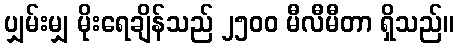
ပျှမ်းမျှ မိုးရေချိန်သည် ၂၅၀၀ မီလီမီတာ ရှိသည်။